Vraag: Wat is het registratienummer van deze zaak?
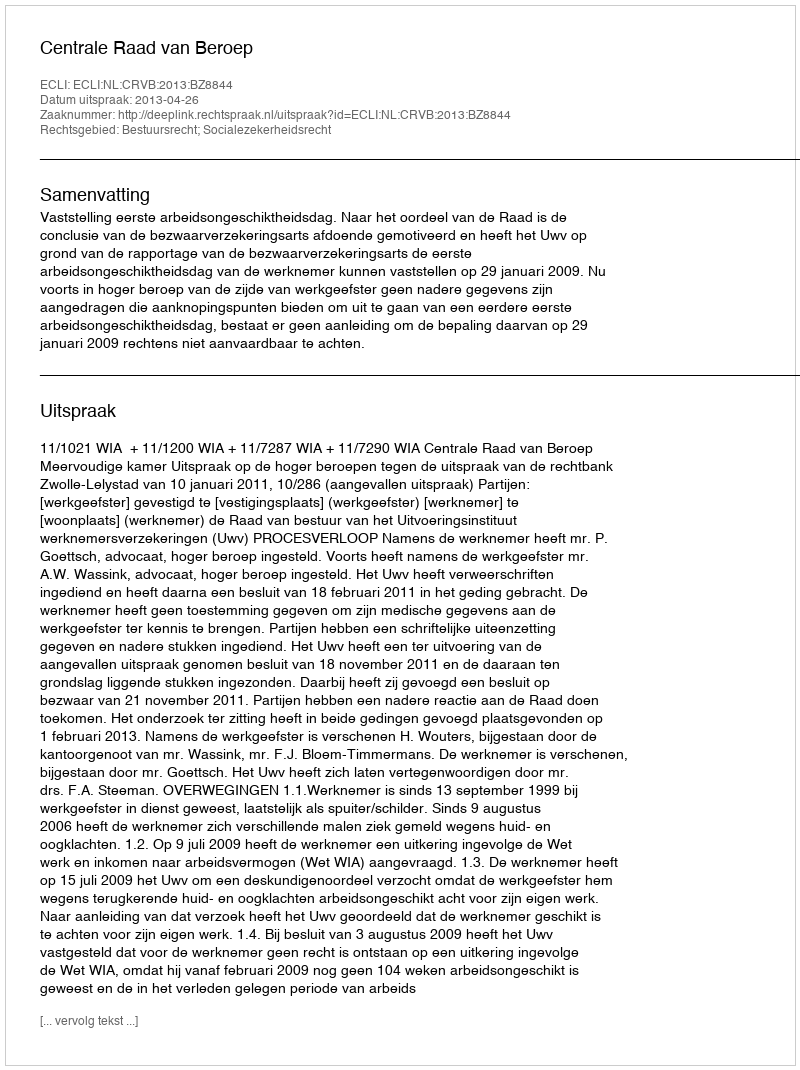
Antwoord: http://deeplink.rechtspraak.nl/uitspraak?id=ECLI:NL:CRVB:2013:BZ8844